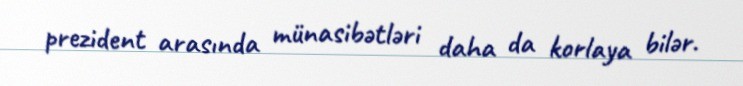
prezident arasında münasibətləri daha da korlaya bilər.